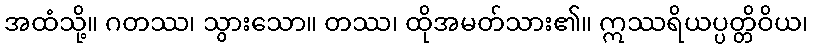
အထံသို့။ ဂတဿ၊ သွားသော။ တဿ၊ ထိုအမတ်သား၏။ ဣဿရိယပ္ပတ္တိဝိယ၊